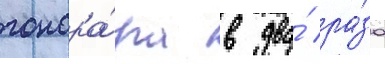
гонора́ра в два́ ра́за